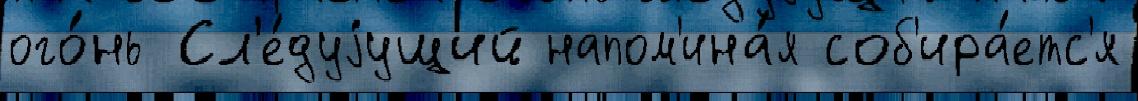
ого́нь Сл'е́дуjущий напом'ина́я соб'ира́етс'я